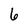
Character: 6